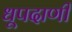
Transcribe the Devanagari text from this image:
धूपदाणी